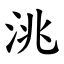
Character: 洮